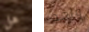
هل واحد